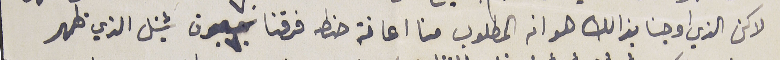
لاكن الذي اوجنا بذالك هو انه المطلوب منا اعانة حنطه فرقنا ٧٠ سبعون شينل الذي ظهر